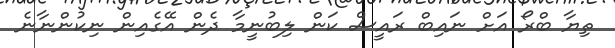
ތިޔާ ބްރޯ އަށް ނައިބް ރައީސް ކަން ލިބުނީމާ ދެން އޭގެއިން ނިކުންނާނެ